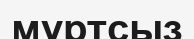
мұртсыз